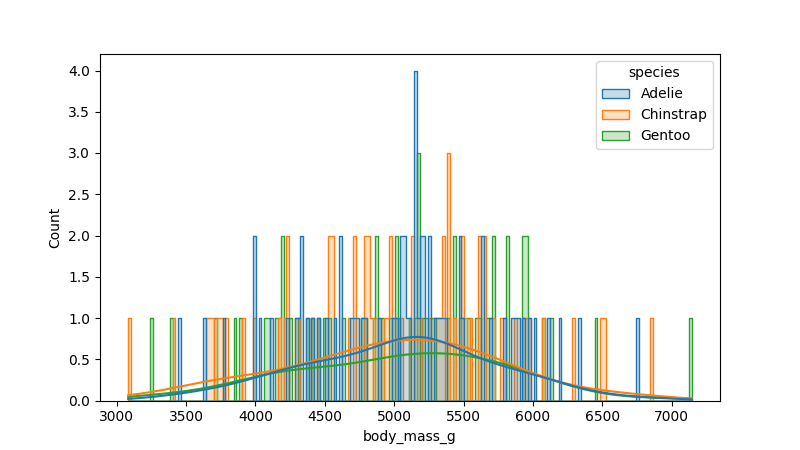
python, seaborn, histplot, hue='species', binwidth=20, bins='10', element='step'